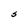
Character: S